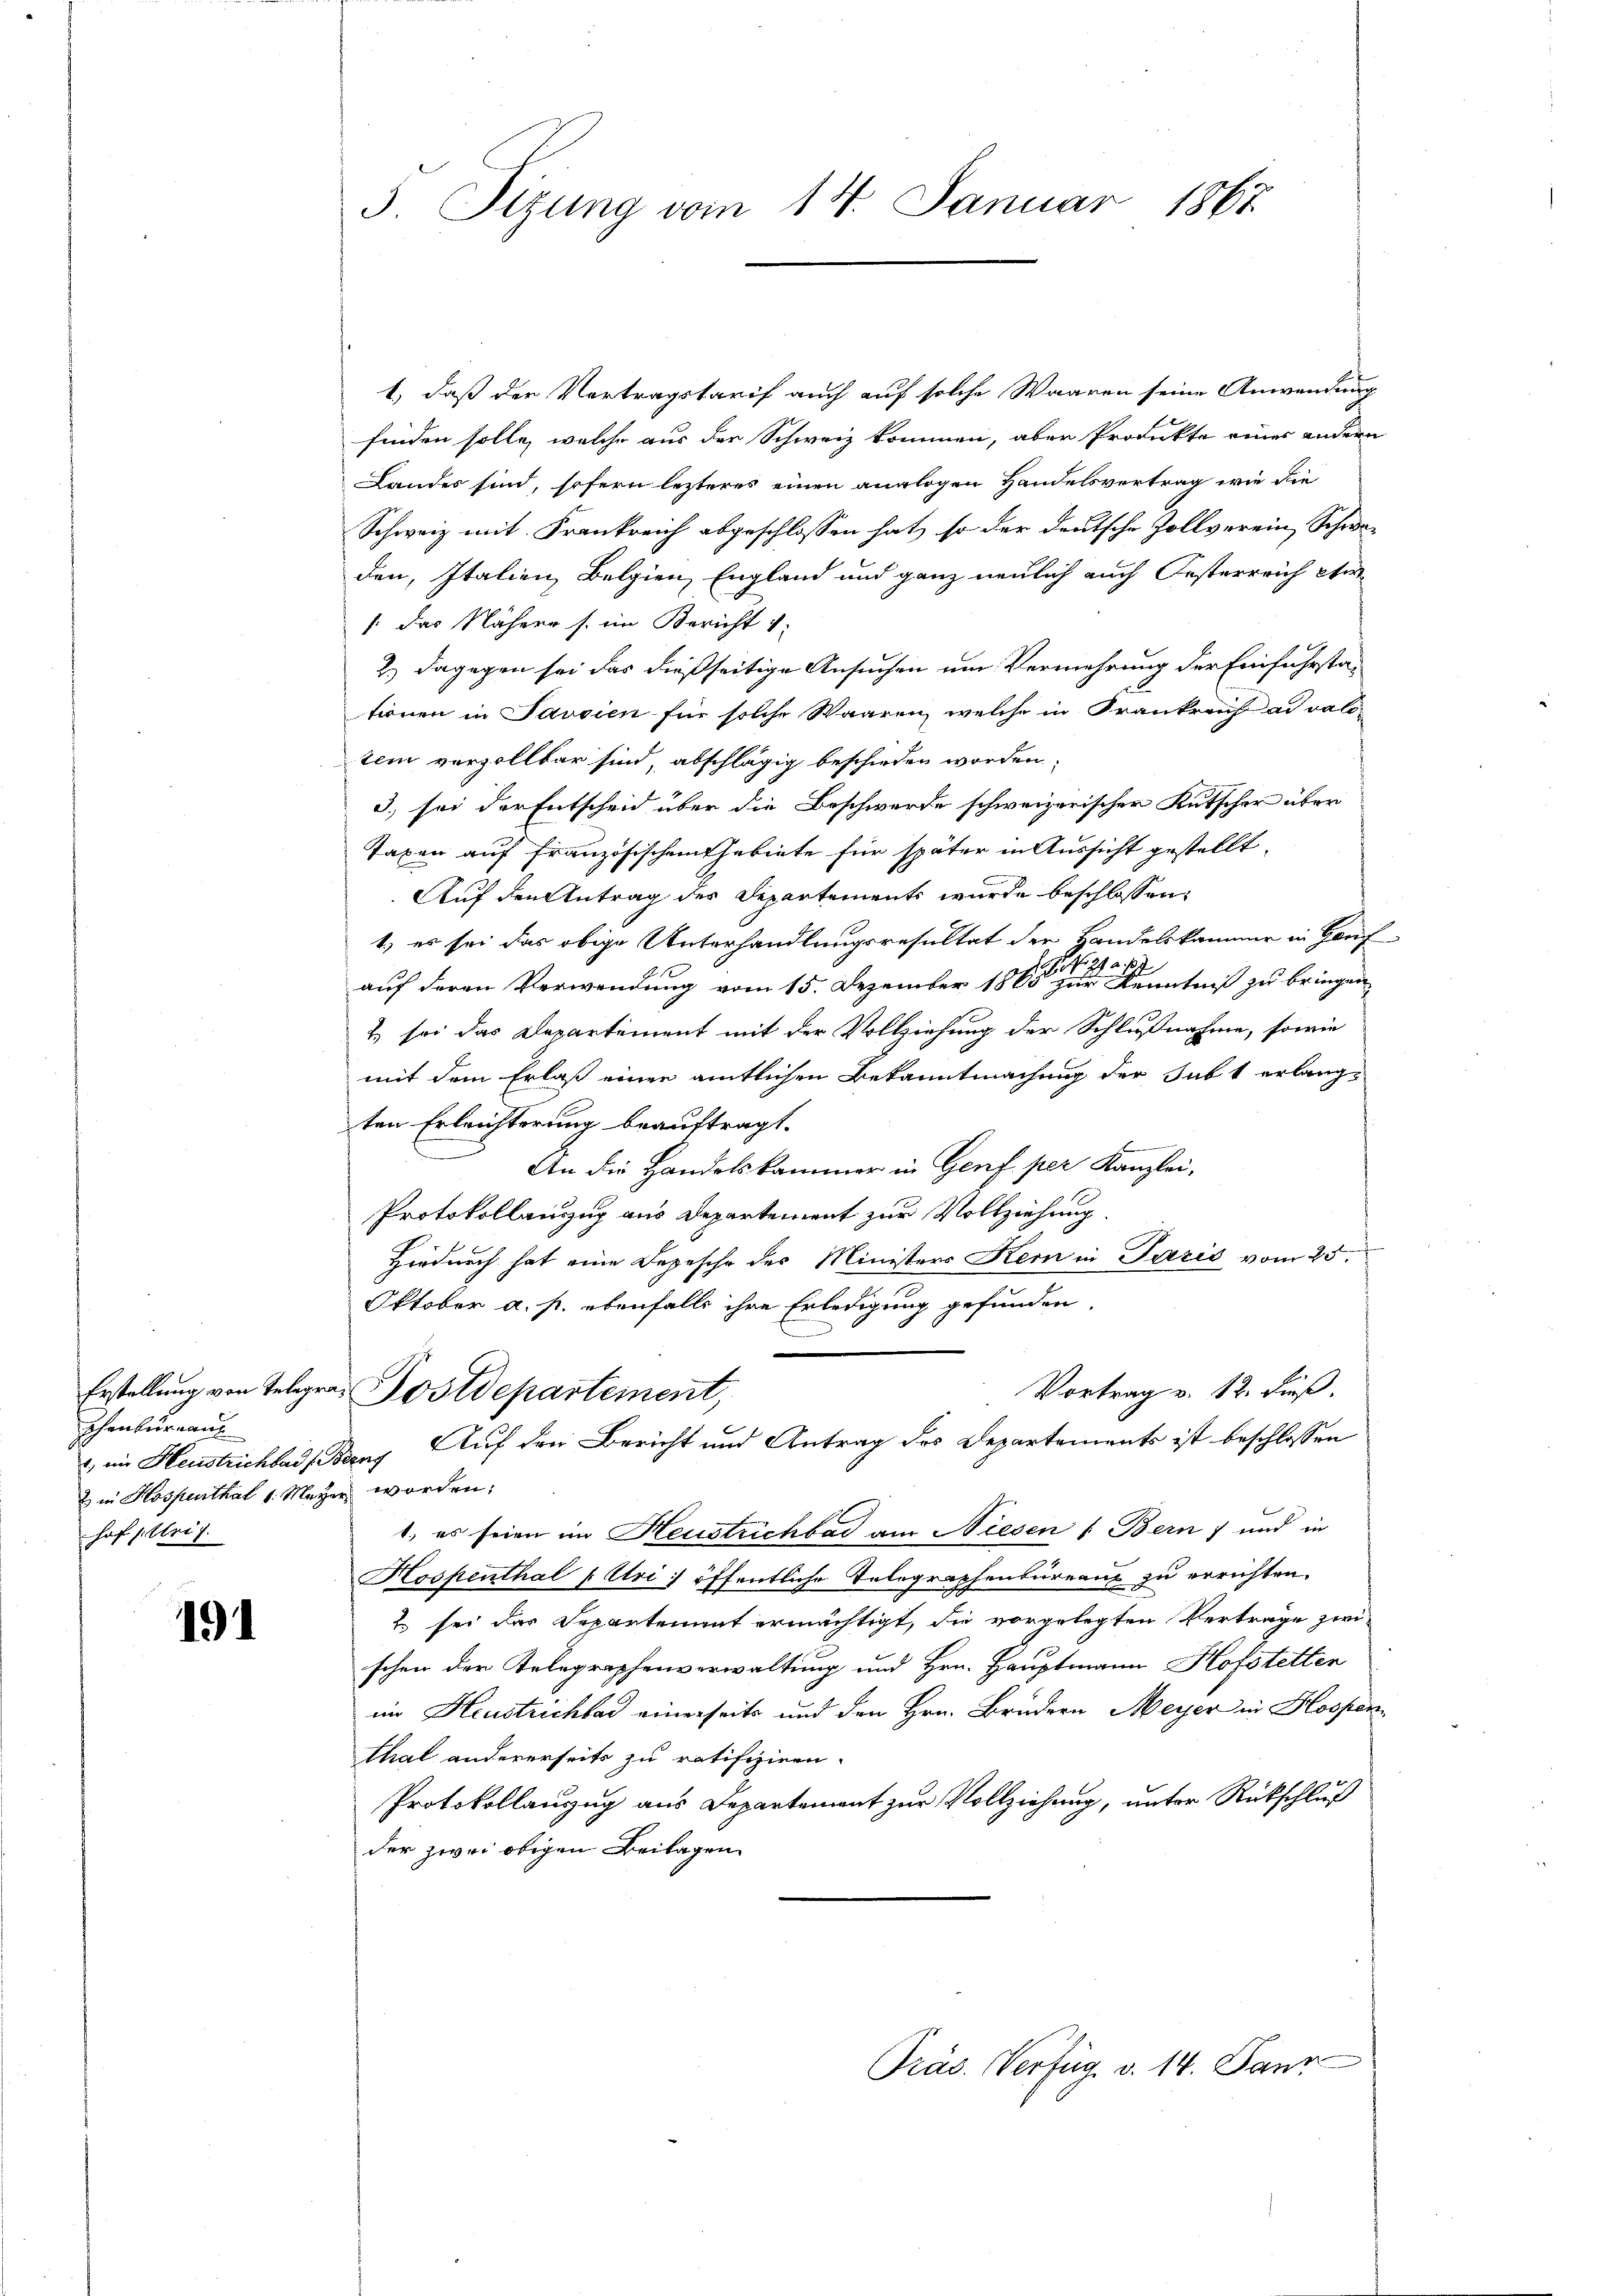
Erstellung von Telegra
Schenbüreauf
2 in Hospenthal v. Maÿ
hof (Uri 7.

191

3. Tizung vom 14. Januar 1867.

1, daß der Vertragstarif auch auf solche Waaren seine Anwendung
finden solle, welche aus der Schweiz kommen, aber Produkte eines andern
Landes sind, sofern lezteres einen analogen Handelsvertrag wie die
Schweiz mit Frankreich abgeschlossen hat, so der deutsche Zollverein Schweden, Italien Belgien, England und ganz neulich auch Oesterreich etw
1 das Nähere s. im Bericht 1
2.) Dagegen sei das dießseitige Ansuchen um Vermehrung der Einfuhrstationen in Savsien für solche Waaren, welche in Frankreich ad valotem verzollbar sind, abschlägig beschieden worden.
3) sei der Entscheid über die Beschwerde schweizerischer Kutscher über
Taxen auf französischen Gebiete für später in Aussicht gestellt.
Auf den Antrag des Departements wurde beschlossen:
1) es sei das obige Unterhandlungsresultat der Handelskammer in Hauf
auf deren Verwendung vom 15. Dezember 1860 in der Kenntniß zu bringen
2) sei das Departement mit der Vollziehung der Schlußnahme, sowie
mit dem Erlaß einer amtlichen Bekanntmachung der Subt erlangten Erleichterung beauftragt.
e
An die Handelskammer in Genf per Kanzlei,
Protokollanzug aus Departement zur Vollziehung.
Hiedurch hat eine Depesche des Ministers Kern in Paris vom 25.
Oktober a. p. ebenfalls ihre Erledigung gefunden.
.
Vortrag v. 12. Fieß.
Postdepartement,
 im Heustrichbars Bang Auf den Bericht und Antrag des Departements ist beschlossen
ber worden:
1. es seien im Heustrichbad am Niesen (Bern) und in
Hospenthal (Uri: öffentliche Telegraphenbureau zu errichten.
2 sei der Departement ermächtigt, die vorgelegten Verträge zwi-
schen der Telegraphenverwaltung und Hrn. Hauptmann Hofstetten
im Heustrichbar einerseits und den Hrn. Brudern Meyer in Hospenthal andererseits zu ratifiziren.
Protokollanzug aus Departement zur Vollziehung, unter Rückschluß
der zwei obigen Beilagen
Präs. Verfüg v. 14. Jann